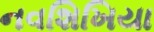
નવશિખિયા